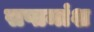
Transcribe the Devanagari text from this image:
सप्तमांश